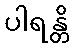
ပါရန္တိ